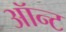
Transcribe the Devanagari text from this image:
ऑन्ट